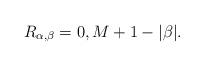
LaTeX: \begin{align*} R_{\alpha, \beta} = 0, M+1-|\beta| . \end{align*}